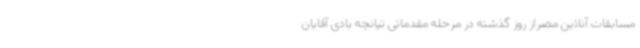
مسابقات آنلاین مصراز روز گذشته در مرحله مقدماتی تپانچه بادی آقایان